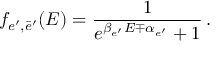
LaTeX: f _ { e ^ { \prime } , \bar { e } ^ { \prime } } ( { \cal E } ) = \frac { 1 } { e ^ { \beta _ { e ^ { \prime } } { \cal E } \mp \alpha _ { e ^ { \prime } } } + 1 } \, .